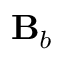
\mathbf { B } _ { b }